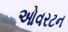
ઓવરટન